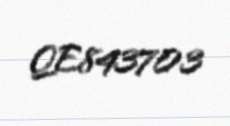
QE843703